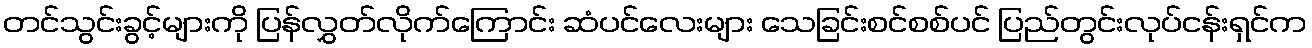
တင်သွင်းခွင့်များကို ပြန်လွှတ်လိုက်ကြောင်း ဆံပင်လေးများ သေခြင်းစင်စစ်ပင် ပြည်တွင်းလုပ်ငန်းရှင်က